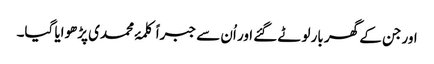
اور جن کے گھر بار لوٹے گئے اور اُن سے جبراً کلمۂ محمدی پڑھوایا گیا۔